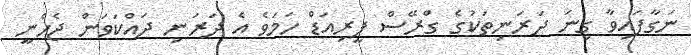
ނަގާފައިވާ ގިނަ ދަރަނިތަކުގެ ގްރޭސް ޕީރިއަޑް ހަމަވެ އެ ދަރަނި ދައްކަވަން ޖެހެނީ